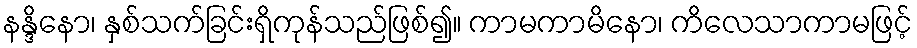
နန္ဒိနော၊ နှစ်သက်ခြင်းရှိကုန်သည်ဖြစ်၍။ ကာမကာမိနော၊ ကိလေသာကာမဖြင့်